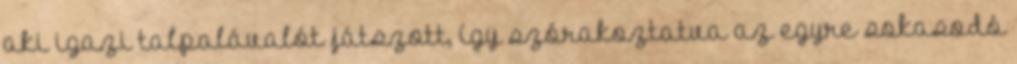
aki igazi talpalávalót játszott, így szórakoztatva az egyre sokasodó